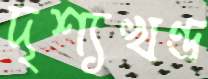
দৃশ্যখণ্ড